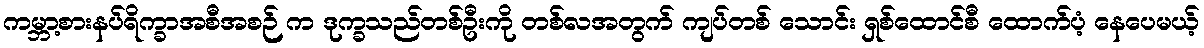
ကမ္ဘာ့စားနပ်ရိက္ခာအစီအစဉ် က ဒုက္ခသည်တစ်ဦးကို တစ်လအတွက် ကျပ်တစ် သောင်း ရှစ်ထောင်စီ ထောက်ပံ့ နေပေမယ့်